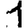
Digit: 1